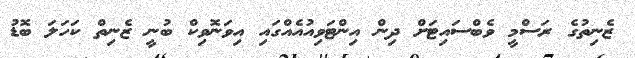
ޒެނިތުގެ ރަސްމީ ވެބްސައިޓަށް ދިން އިންޓަވިއުއެއްގައި އިވަނޮވިކް ބުނީ ޒެނިތް ކަހަލަ ބޮޑު